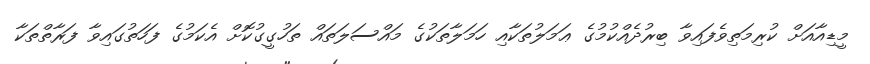
މީޑިއާއަށް ކުރިމަތިވެފައިވާ ބިރުދެއްކުމުގެ ޢަމަލުތަކާއި ހަމަލާތަކުގެ މައްސަލަތައް ތަހުގީގުކޮށް އެކަމުގެ ފަހަތުގައިވާ ފަރާތްތަކާ